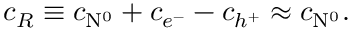
c _ { R } \equiv c _ { \mathrm { N } ^ { 0 } } + c _ { e ^ { - } } - c _ { h ^ { + } } \approx c _ { \mathrm { N } ^ { 0 } } .